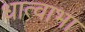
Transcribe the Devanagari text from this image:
धात्वाभा